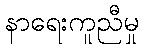
နာရေးကူညီမှု